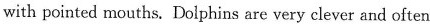
with pointed mouths. Dolphins are very clever and often